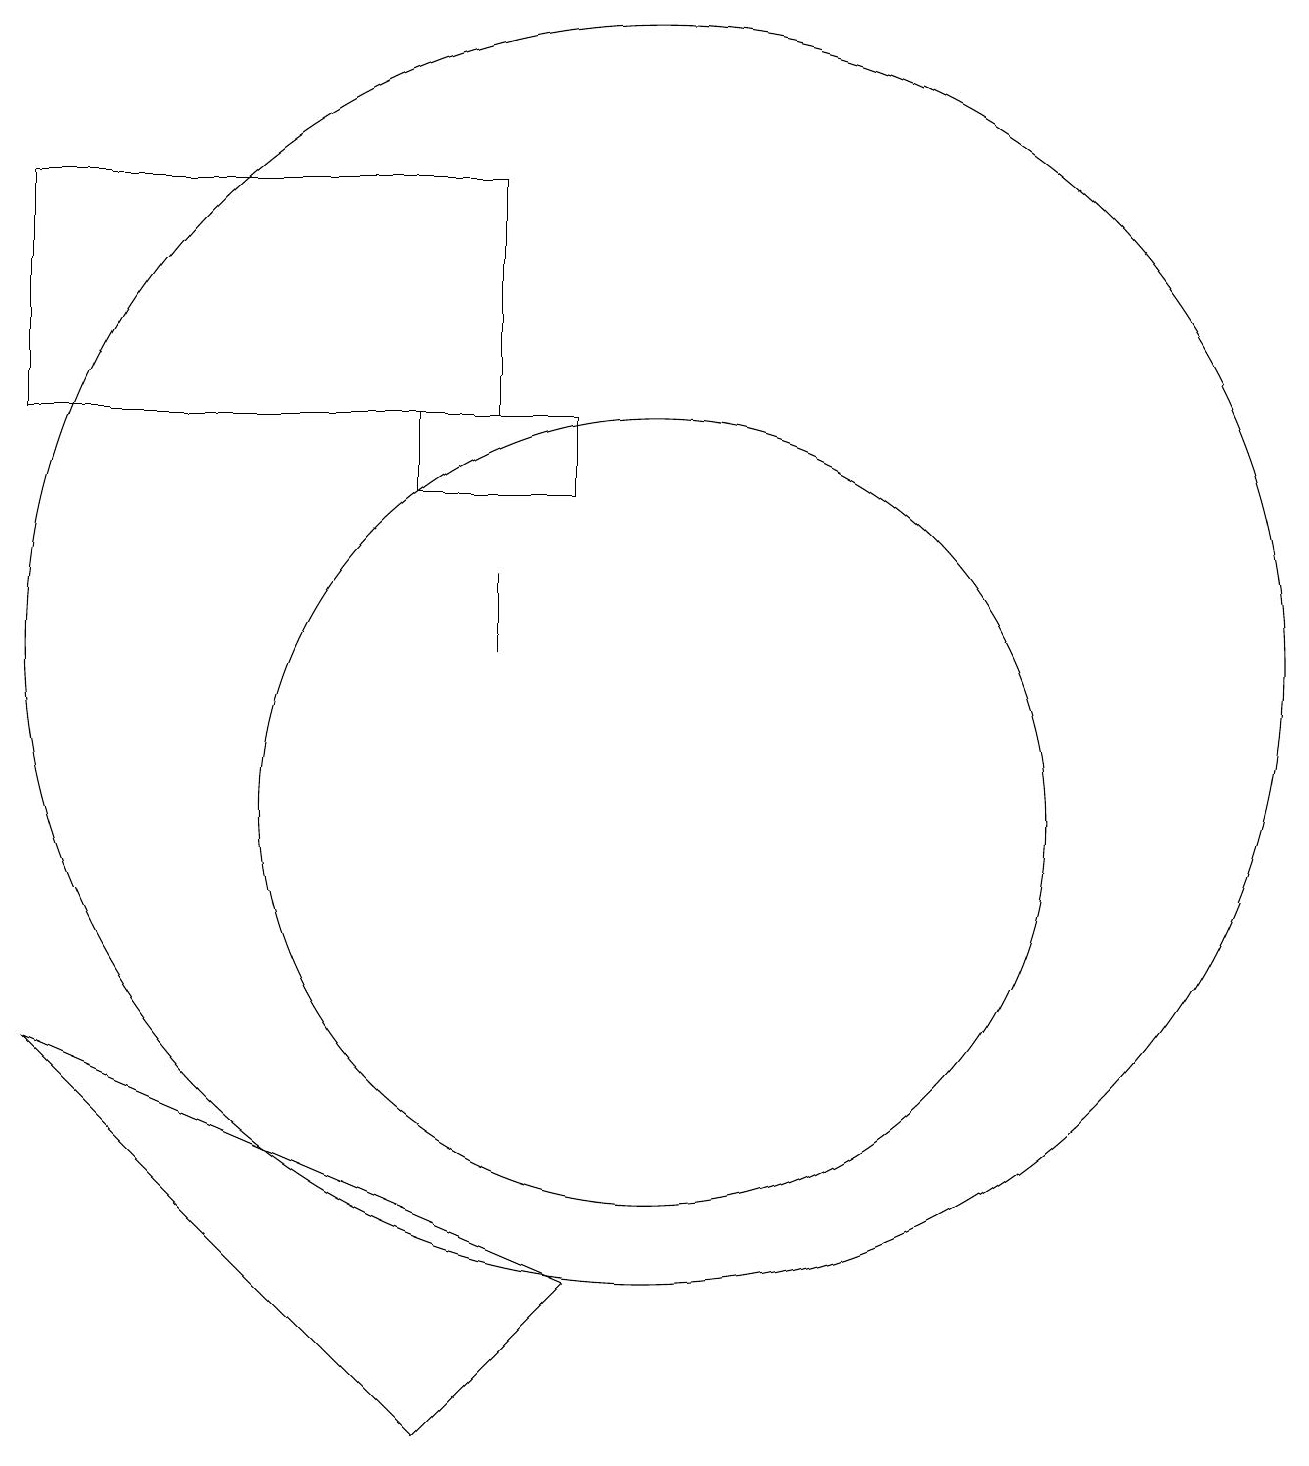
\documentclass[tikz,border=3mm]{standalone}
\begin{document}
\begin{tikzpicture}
\draw (8,18) rectangle (2,15);
\draw (9,4) -- (2,7) -- (7,2) -- cycle;
\draw (8,12) rectangle (8,13);
\draw (10,12) circle (8);
\draw (7,14) rectangle (9,15);
\draw (10,10) circle (5);
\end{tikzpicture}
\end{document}